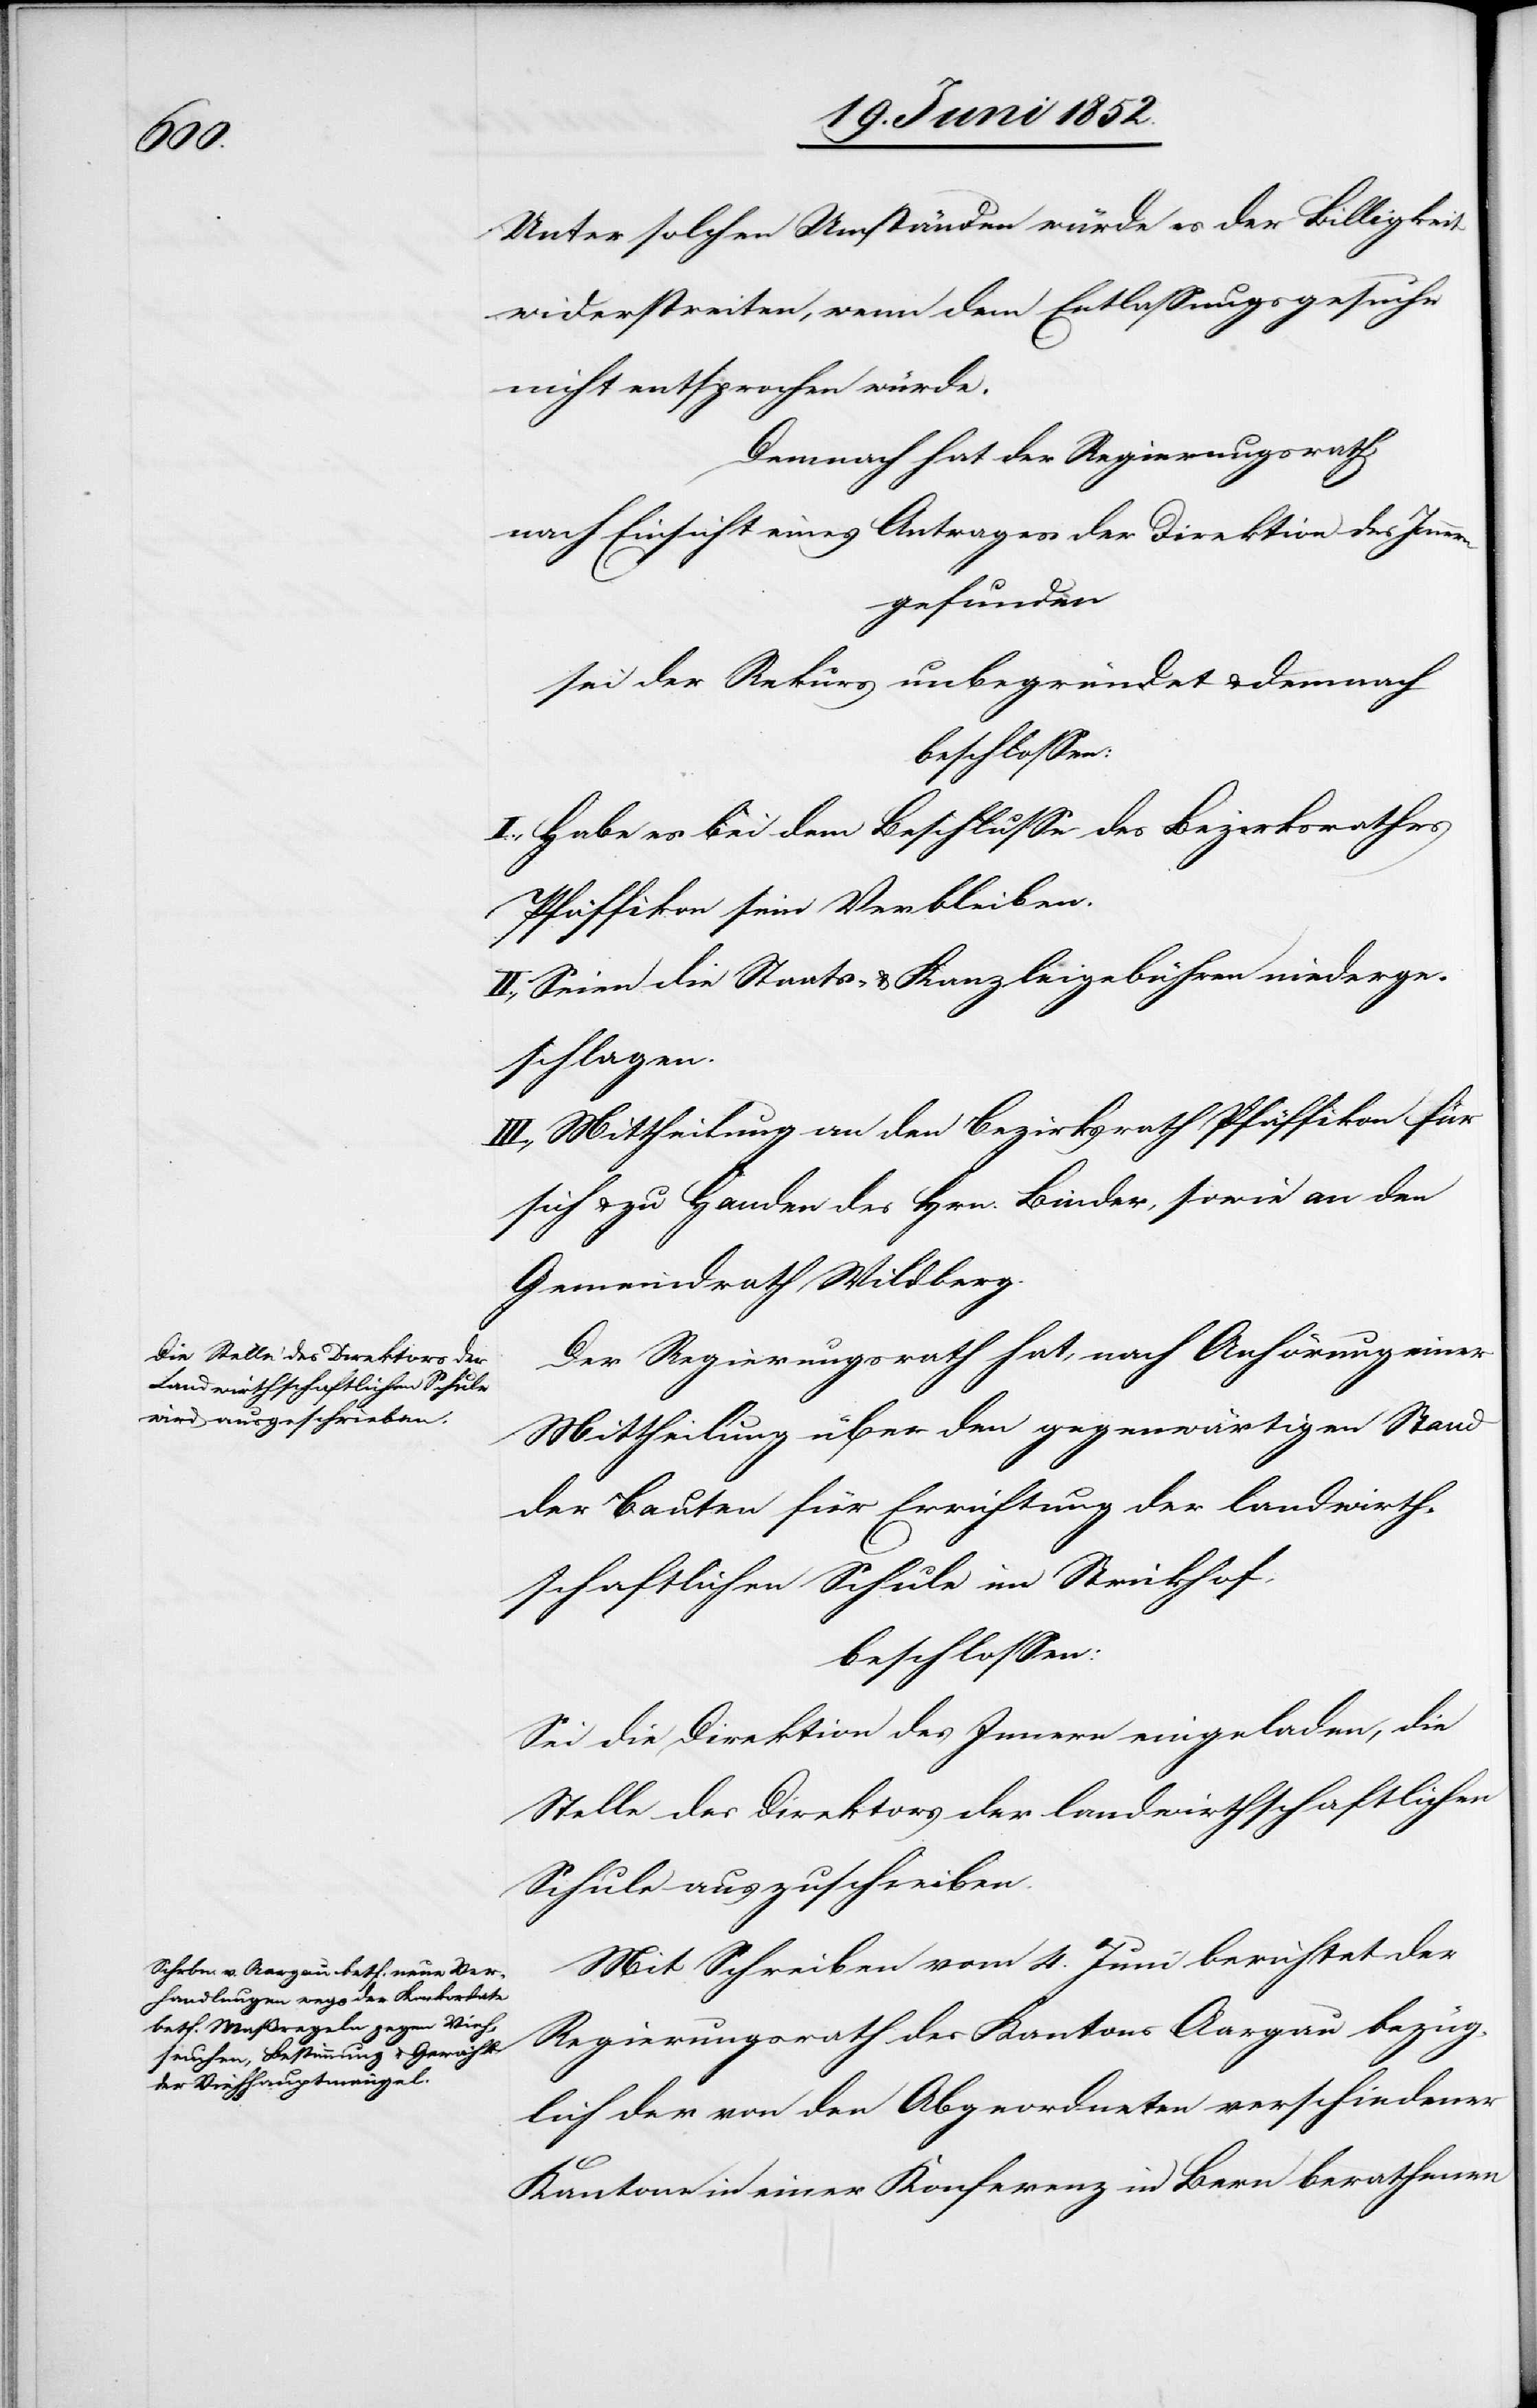
Unter solchen Umständen würde es der Billigkeit
widerstreiten, wenn dem Entlassungsgesuche
nicht entsprochen würde.
Demnach hat der Regierungsrath,
nach Einsicht eines Antrages der Direktion des Innern
gefunden
sei der Rekurs unbegründet & demnach
beschlossen:
I., Habe es bei dem Beschlusse des Bezirksrathes
Pfäffikon sein Verbleiben.
II., Seien die Staats- & Kanzleigebühren niederge¬
schlagen.
III., Mittheilung an den Bezirksrath Pfäffikon für
sich & zu Handen des Hrn. Binder, sowie an den
Gemeindrath Wildberg.
Der Regierungsrath hat, nach Anhörung einer
Mittheilung über den gegenwärtigen Stand
der Bauten für Errichtung der landwirth¬
schaftlichen Schule im Strickhof,
beschlossen:
Sei die Direktion des Innern eingeladen, die
Stelle des Direktors der landwirthschaftlichen
Schule auszuschreiben.
Mit Schreiben vom 4. Juni berichtet der
Regierungsrath des Kantons Aargau bezüg¬
lich der von den Abgeordneten verschiedener
Kantone in einer Konferenz in Bern berathenen